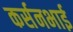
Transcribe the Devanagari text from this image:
कर्सनभाई